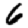
Digit: 6